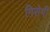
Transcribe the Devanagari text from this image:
गिसेपी